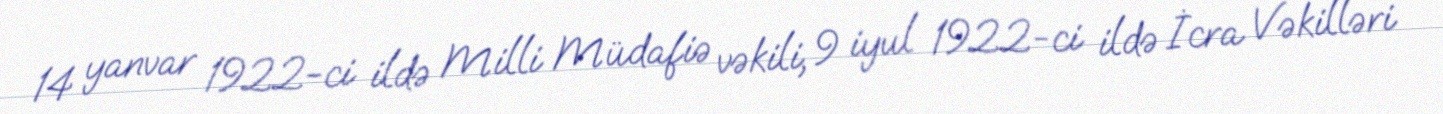
14 yanvar 1922-ci ildə Milli Müdafiə vəkili, 9 iyul 1922-ci ildə İcra Vəkilləri